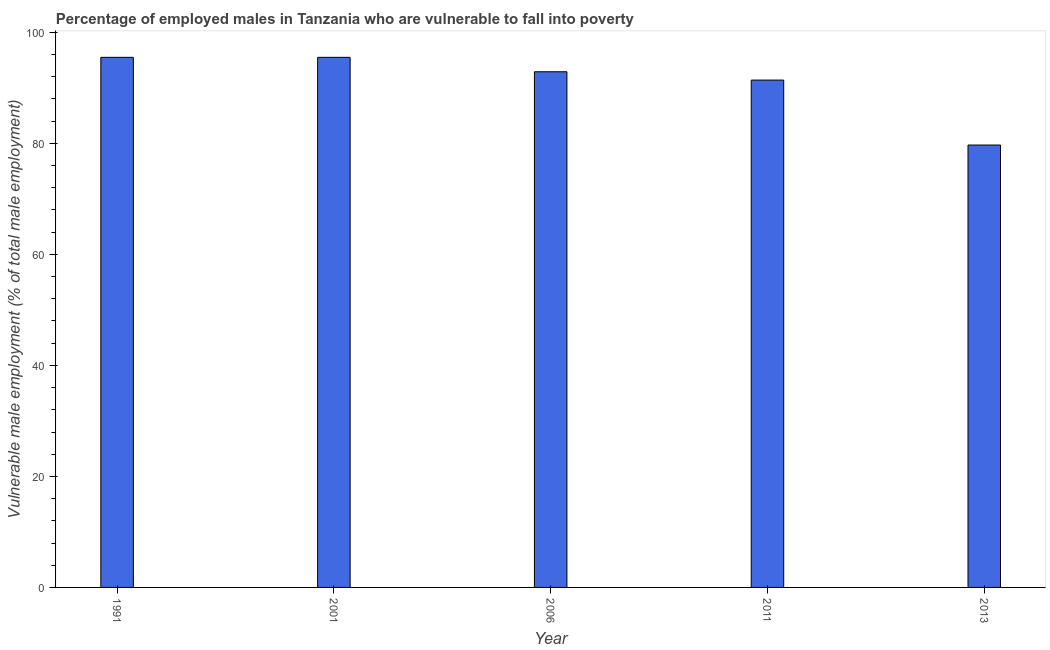
| Year | Percentage of employed males who are vulnerable to fall into poverty |
 | --- | --- |
 | 1991 | 95.5 |
 | 2001 | 95.5 |
 | 2006 | 92.9 |
 | 2011 | 91.4 |
 | 2013 | 79.7 |